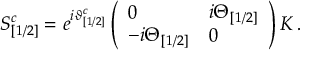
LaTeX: S _ { [ 1 / 2 ] } ^ { c } = e ^ { i \vartheta _ { [ 1 / 2 ] } ^ { c } } \left( \begin{array} { l l } { { 0 } } & { { i \Theta _ { [ 1 / 2 ] } } } \\ { { - i \Theta _ { [ 1 / 2 ] } } } & { { 0 } } \end{array} \right) { \cal K } \, .